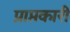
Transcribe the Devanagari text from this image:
प्राप्तकारी